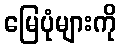
မြေပုံများကို